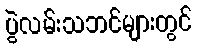
ပွဲလမ်းသဘင်များတွင်